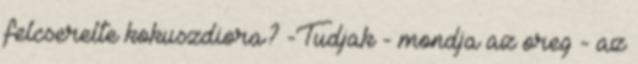
felcserelte kokuszdiora? -Tudjak - mondja az oreg - az